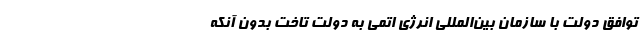
توافق دولت با سازمان بین‌المللی انرژی اتمی به دولت تاخت بدون آنکه